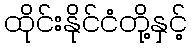
ထိုင်းနိုင်ငံတို့နှင့်